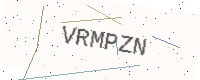
Text: VRMPZN